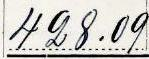
428.09